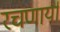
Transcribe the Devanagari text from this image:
रचणार्या